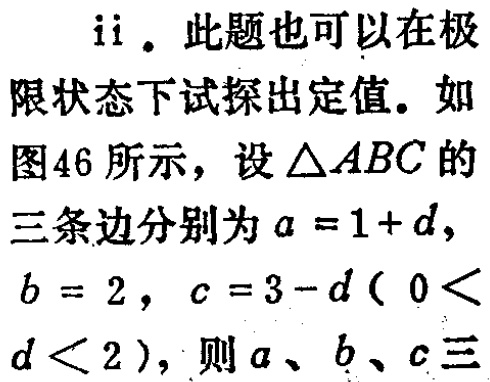
ii. 此题也可以在极
限状态下试探出定值。如
图46所示，设\(\triangle ABC\)的
三条边分别为\(a = 1 + d\)，
\(b = 2\)，\(c = 3 - d(0 <\)
\(d < 2)\)，则\(a\)、\(b\)、\(c\)三